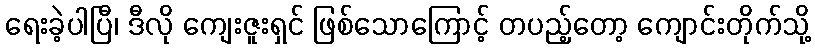
ရေးခဲ့ပါပြီ၊ ဒီလို ကျေးဇူးရှင် ဖြစ်သောကြောင့် တပည့်တော့ ကျောင်းတိုက်သို့